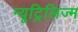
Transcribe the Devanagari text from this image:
न्यूट्रिलिज्म